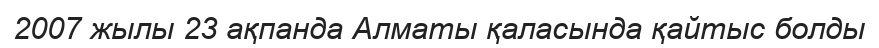
2007 жылы 23 ақпанда Алматы қаласында қайтыс болды